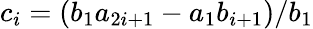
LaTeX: c_{i}=(b_{1}a_{2i+1}-a_{1}b_{i+1})/b_{1}